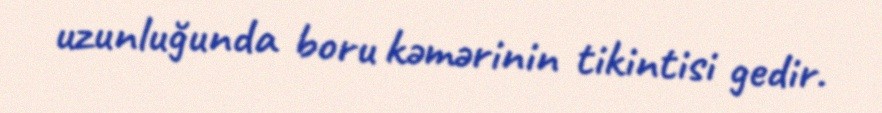
uzunluğunda boru kəmərinin tikintisi gedir.